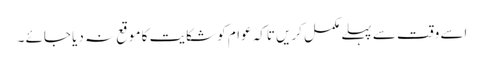
اسے وقت سے پہلے مکمل کریں تاکہ عوام کو شکایت کا موقع نہ دیا جائے ۔